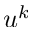
u ^ { k }